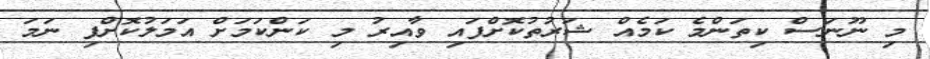
މި ނޫނަސް ކިތަންމެ ކަމެއް ޝަރުތުކޮށްފައި ވާއިރު މި ކަންކަމަށް އަމަލުކޮށްފި ނަމަ